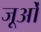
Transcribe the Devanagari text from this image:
जूओं